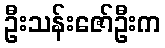
ဦးသန်းဇော်ဦးက